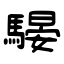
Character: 騴